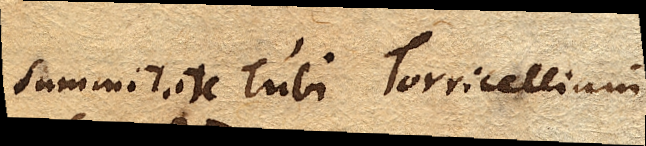
summitate Tubi Torricelliani